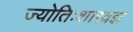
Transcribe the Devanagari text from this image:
ज्योतिःशास्त्रज्ञ